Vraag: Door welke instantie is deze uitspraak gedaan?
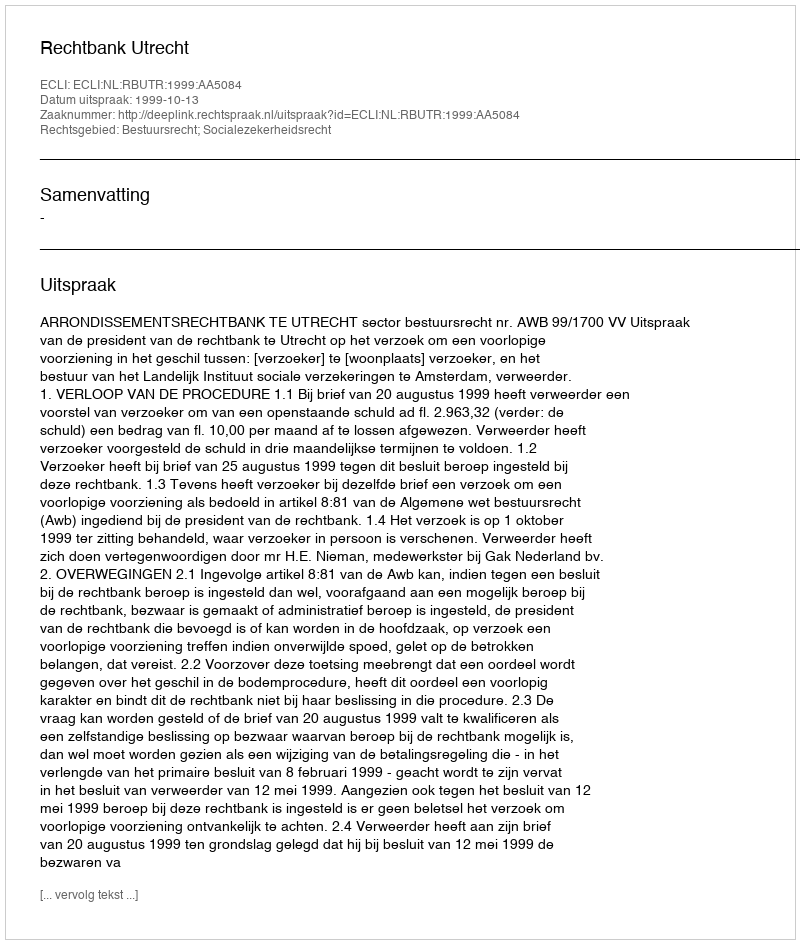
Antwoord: Rechtbank Utrecht